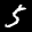
Label: 5